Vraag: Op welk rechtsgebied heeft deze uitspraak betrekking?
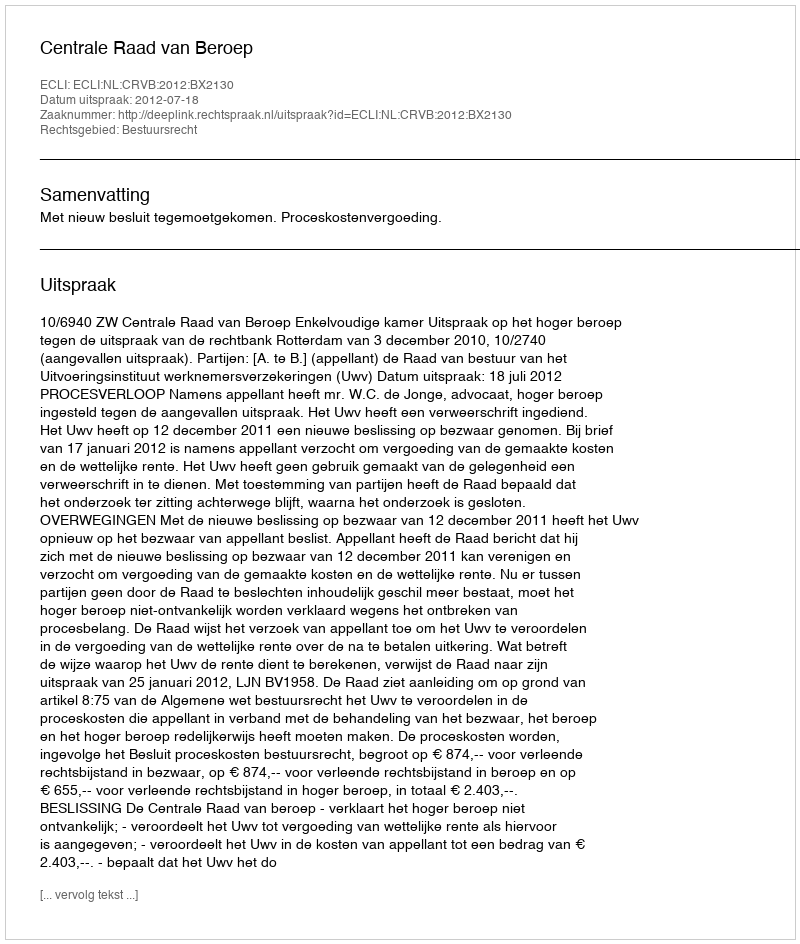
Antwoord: Bestuursrecht